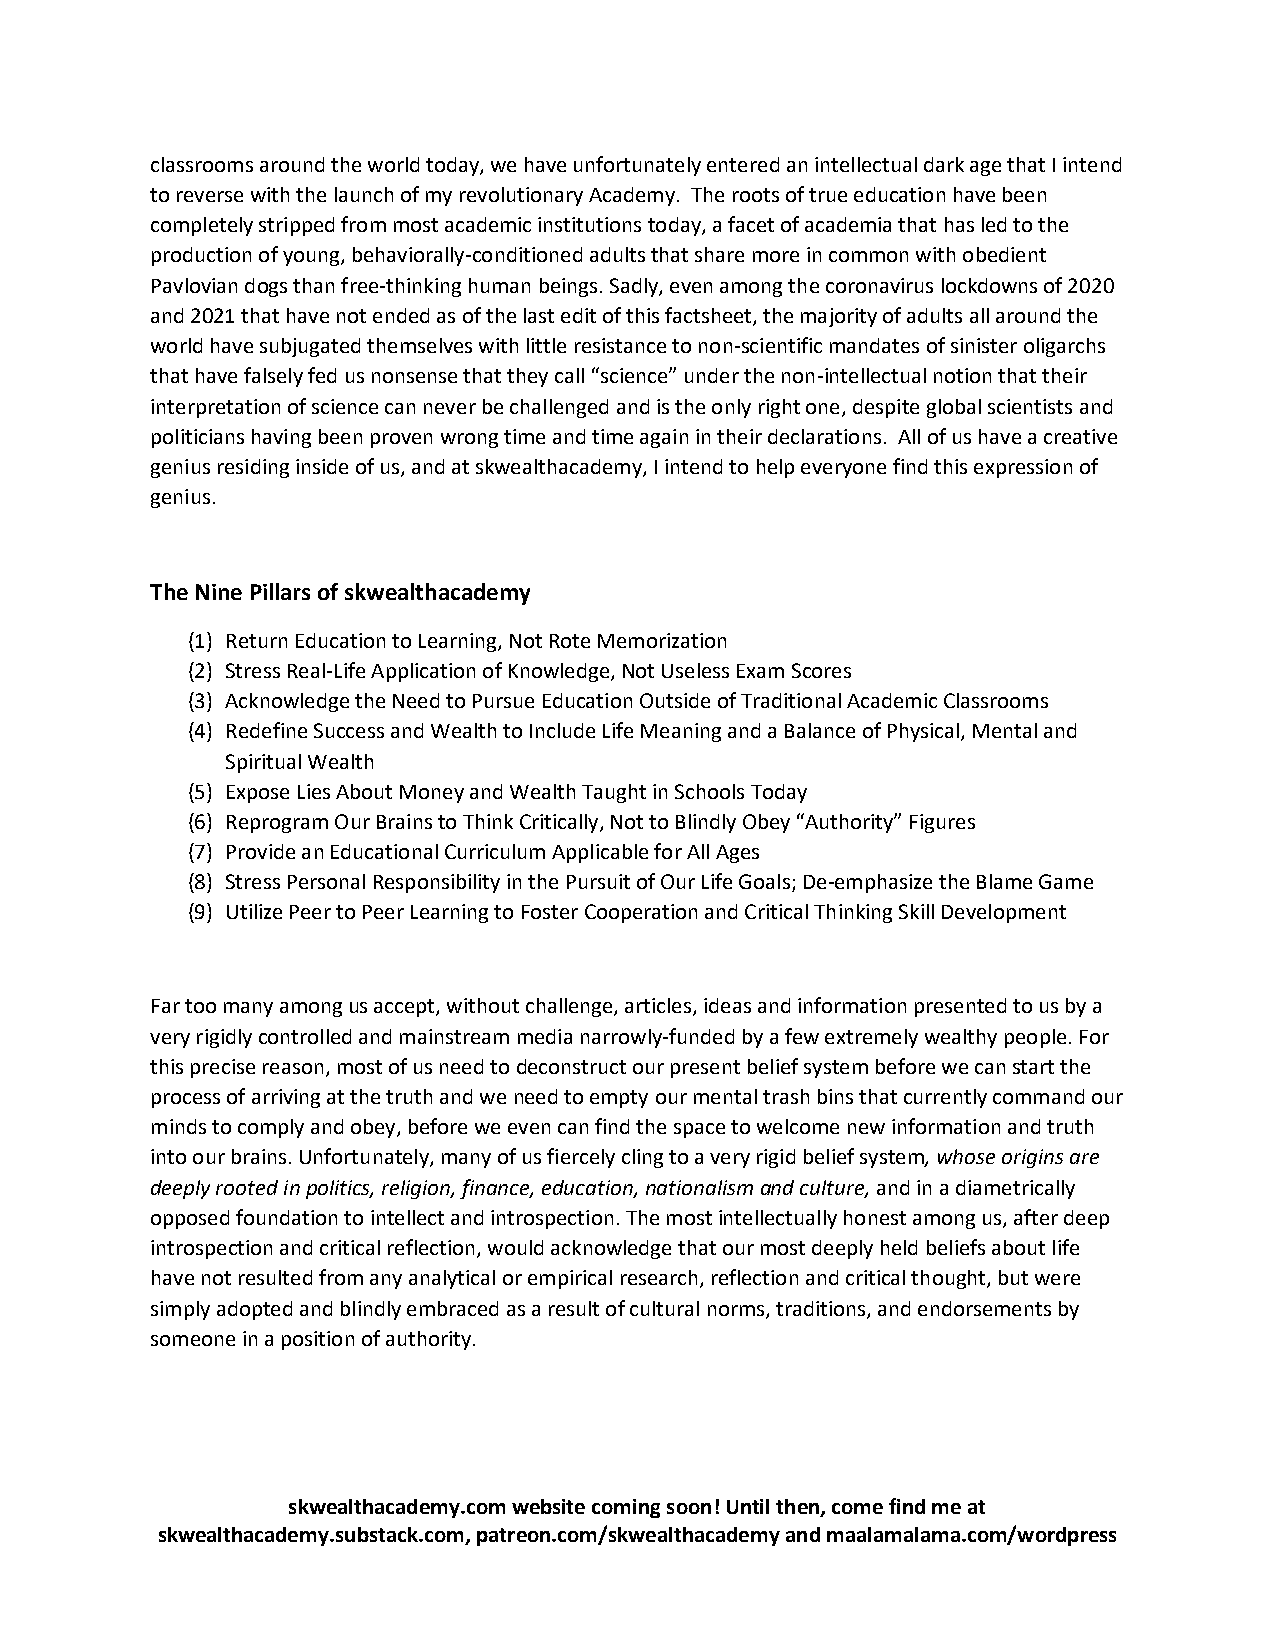
classrooms around the world today, we have unfortunately entered an intellectual dark age that I intend
 to reverse with the launch of my revolutionary Academy. The roots of true education have been
 completely stripped from most academic institutions today, a facet of academia that has led to the
 production of young, behaviorally-conditioned adults that share more in common with obedient
 Pavlovian dogs than free-thinking human beings. Sadly, even among the coronavirus lockdowns of 2020
 and 2021 that have not ended as of the last edit of this factsheet, the majority of adults all around the
 world have subjugated themselves with little resistance to non-scientific mandates of sinister oligarchs
 that have falsely fed us nonsense that they call “science” under the non-intellectual notion that their
 interpretation of science can never be challenged and is the only right one, despite global scientists and
 politicians having been proven wrong time and time again in their declarations. All of us have a creative
 genius residing inside of us, and at skwealthacademy, I intend to help everyone find this expression of
 genius.
 The Nine Pillars of skwealthacademy
 (1) Return Education to Learning, Not Rote Memorization
 (2) Stress Real-Life Application of Knowledge, Not Useless Exam Scores
 (3) Acknowledge the Need to Pursue Education Outside of Traditional Academic Classrooms
 (4) Redefine Success and Wealth to Include Life Meaning and a Balance of Physical, Mental and
 Spiritual Wealth
 (5) Expose Lies About Money and Wealth Taught in Schools Today
 (6) Reprogram Our Brains to Think Critically, Not to Blindly Obey “Authority” Figures
 (7) Provide an Educational Curriculum Applicable for All Ages
 (8) Stress Personal Responsibility in the Pursuit of Our Life Goals; De-emphasize the Blame Game
 (9) Utilize Peer to Peer Learning to Foster Cooperation and Critical Thinking Skill Development
 Far too many among us accept, without challenge, articles, ideas and information presented to us by a
 very rigidly controlled and mainstream media narrowly-funded by a few extremely wealthy people. For
 this precise reason, most of us need to deconstruct our present belief system before we can start the
 process of arriving at the truth and we need to empty our mental trash bins that currently command our
 minds to comply and obey, before we even can find the space to welcome new information and truth
 into our brains. Unfortunately, many of us fiercely cling to a very rigid belief system, whose origins are
 deeply rooted in politics, religion, finance, education, nationalism and culture, and in a diametrically
 opposed foundation to intellect and introspection. The most intellectually honest among us, after deep
 introspection and critical reflection, would acknowledge that our most deeply held beliefs about life
 have not resulted from any analytical or empirical research, reflection and critical thought, but were
 simply adopted and blindly embraced as a result of cultural norms, traditions, and endorsements by
 someone in a position of authority.
 skwealthacademy.com website coming soon! Until then, come find me at
 skwealthacademy.substack.com, patreon.com/skwealthacademy and maalamalama.com/wordpress